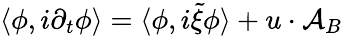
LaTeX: \langle\phi,i\partial_{t}\phi\rangle=\langle\phi,i\tilde{\xi}\phi\rangle+u\cdot{\mathcal{A}}_{B}